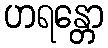
ဟရန္တော